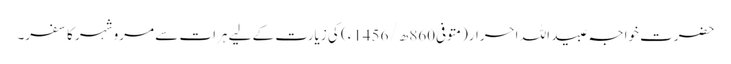
حضرت خواجہ عبید اللہ احرار(متوفی860ھ/ 1456ء) کی زیارت کے لیے ہرات سے مرو شہر کا سفر۔